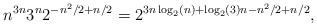
LaTeX: \begin{align*} n^{3n} 3^{n} 2^{-n^2/2+n/2} = 2^{3n\log_2(n) + \log_2(3)n-n^2/2+n/2},\end{align*}